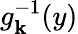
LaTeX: g_{\mathbf{k}}^{-1}(y)